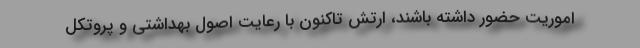
اموریت حضور داشته باشند، ارتش تاکنون با رعایت اصول بهداشتی و پروتکل